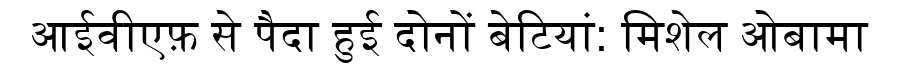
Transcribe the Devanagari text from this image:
आईवीएफ़ से पैदा हुई दोनों बेटियां: मिशेल ओबामा